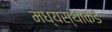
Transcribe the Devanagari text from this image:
मध्यस्थाकडे